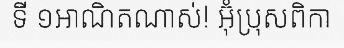
ទី ១អាណិតណាស់! អ៊ុំប្រុសពិកា